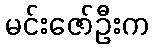
မင်းဇော်ဦးက